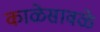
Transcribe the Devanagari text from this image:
काळेसावळे